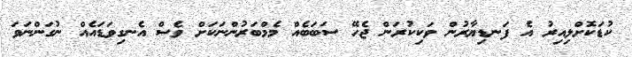
ކުޑަކޮށްލިއިރު އެ ފަނޑިޔާރުން ވަކިކުރަން ޖެހޭ ސަބަބެއް މެމްބަރުންނަކަށް ވެސް އެނގިވަޑައެއް ނުގަންނަވަ